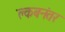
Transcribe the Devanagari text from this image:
क्लबनंतर